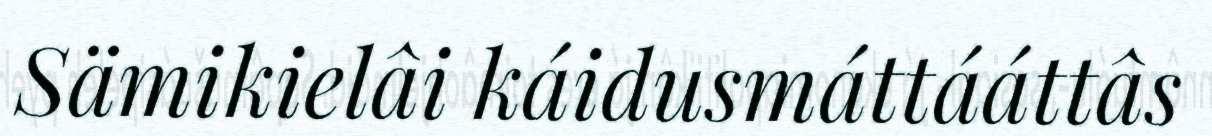
Sämikielâi káidusmáttááttâs